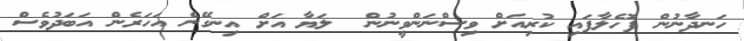
ހަނދާނުން ފޮހެލާފައި ކުރިއަށް ވިސްނަންވީނުން  ލަޔާ އަށް އިނގޭނެ އަހަރެން އަބަދުވެސް